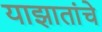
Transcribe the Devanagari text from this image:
याझातांचे